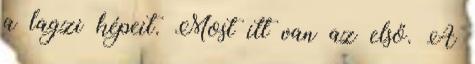
a lagzi képeit. Most itt van az első. A